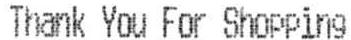
THANK YOU FOR SHOPPING